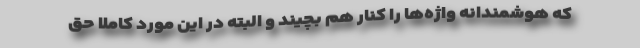
که هوشمندانه واژه‌ها را کنار هم بچیند و البته در این مورد کاملاً حق